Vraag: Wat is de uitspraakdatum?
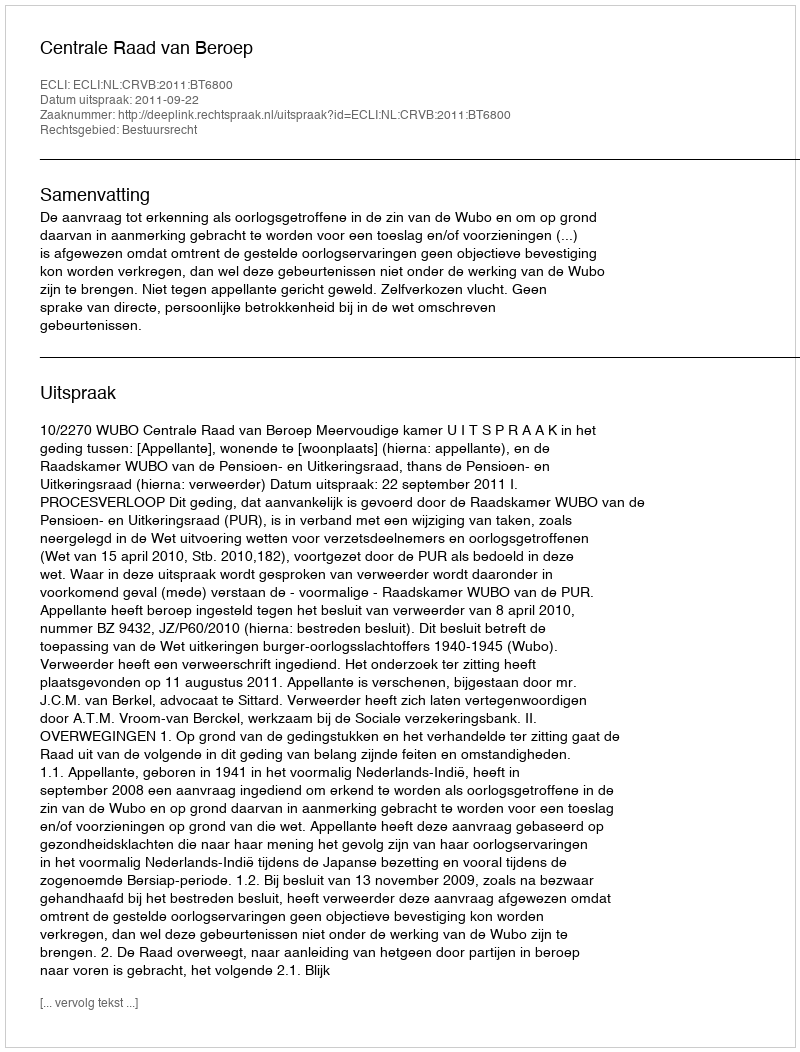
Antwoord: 2011-09-22